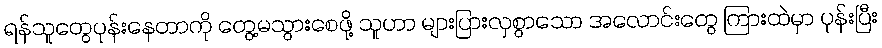
ရန်သူတွေပုန်းနေတာကို တွေ့မသွားစေဖို့ သူဟာ များပြားလှစွာသော အလောင်းတွေ ကြားထဲမှာ ပုန်းပြီး